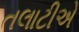
તલાટીએ